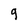
Character: g